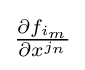
{\textstyle {\frac {\partial f_{i_{m}}}{\partial x^{j_{n}}}}}